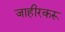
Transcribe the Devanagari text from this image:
जाहीरकरू